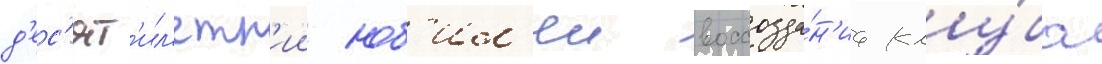
д'ес'ят'ил'етн'ии юб'ил'еи воссозда́н'иа клу́ба